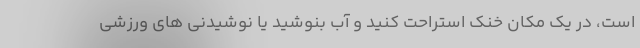
است، در یک مکان خنک استراحت کنید و آب بنوشید یا نوشیدنی های ورزشی